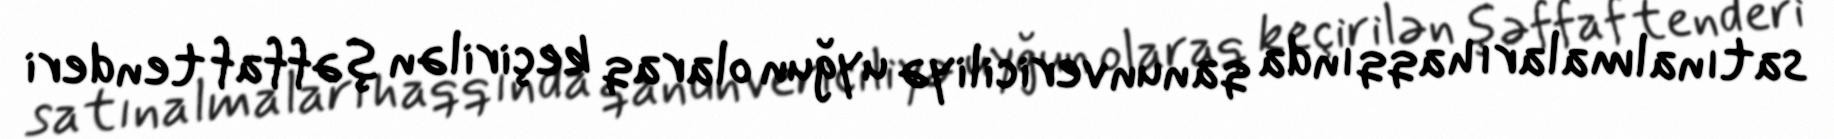
satınalmaları haqqında qanunvericiliyə uyğun olaraq keçirilən şəffaf tenderi